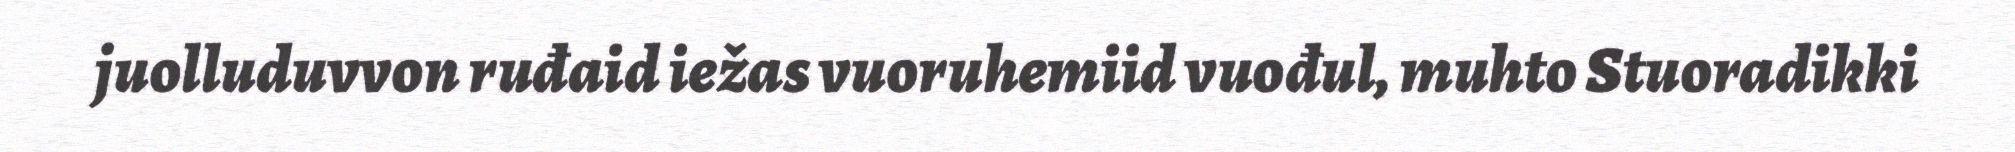
juolluduvvon ruđaid iežas vuoruhemiid vuođul, muhto Stuoradikki